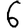
Digit: 6